Document type: Enfranchisement
Year: 1297
Scribe: Jaume de Trilla
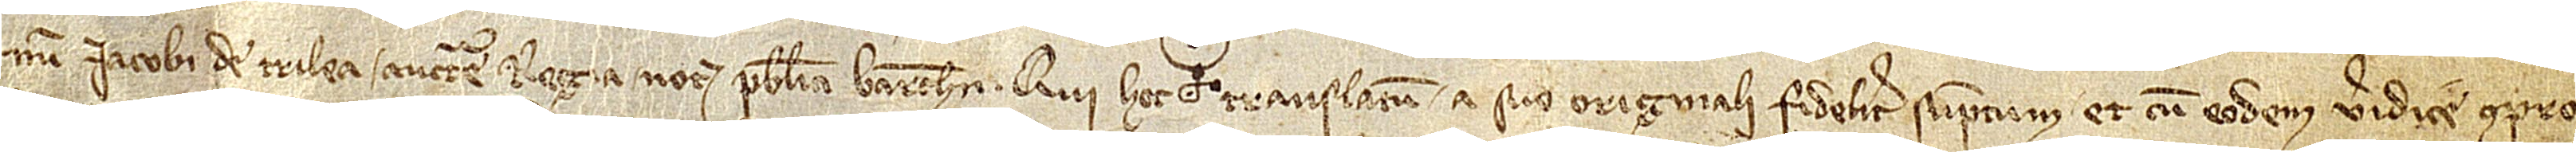
num Iacobi de Trilea, auctoritate regia notarii publici Barchinone, qui hec translatum a suo originali fideliter sumptum et cum eodem veridice compro-